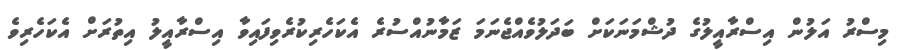
މިސްރު އަލުން އިސްރާއީލުގެ ދުޝްމަނަކަށް ބަދަލުވެއްޖެނަމަ ޒަމާނުއްސުރެ އެކަހެރިކުރެވިފައިވާ އިސްރާއީލު އިތުރަށް އެކަހެރިވެ